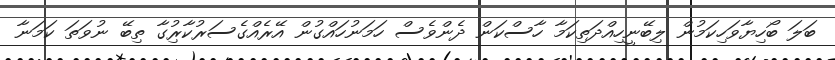
ބަލަ ބޯހިޔާވަހިކަމުން ލިބޭނީހިއްދަތިކަމާ ހާސްކަން ދެންވެސް ހަމަނުހައްގުން އޭރެއްގެސަރުކާރުިގާ ތިބޭ ނުވަތަ ކަމަނާ